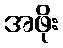
အဖိုး